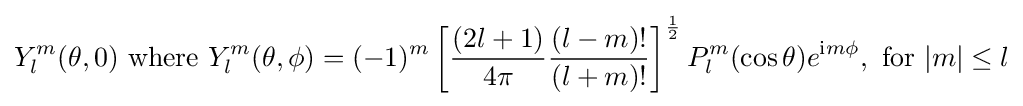
Y_{l}^{m}(\theta ,0){\text{ where }}Y_{l}^{m}(\theta ,\phi )=(-1)^{m}\left[{\frac {(2l+1)}{4\pi }}{\frac {(l-m)!}{(l+m)!}}\right]^{1 \over 2}P_{l}^{m}(\cos \theta )e^{\mathrm {i} m\phi },{\text{ for }}|m|\leq l